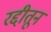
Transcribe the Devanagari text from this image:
रद्दीतून